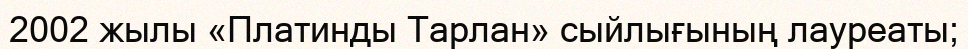
2002 жылы «Платинды Тарлан» сыйлығының лауреаты;